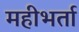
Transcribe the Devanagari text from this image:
महीभर्ता